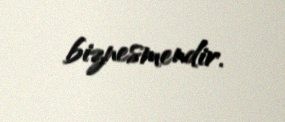
biznesmendir.